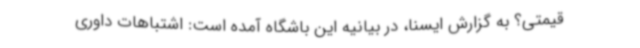
قیمتی؟ به گزارش ایسنا، در بیانیه این باشگاه آمده است: اشتباهات داوری